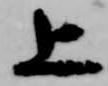
上